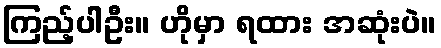
ကြည့်ပါဦး။ ဟိုမှာ ရထား အဆုံးပဲ။